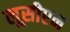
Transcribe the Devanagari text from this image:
लूसीएन